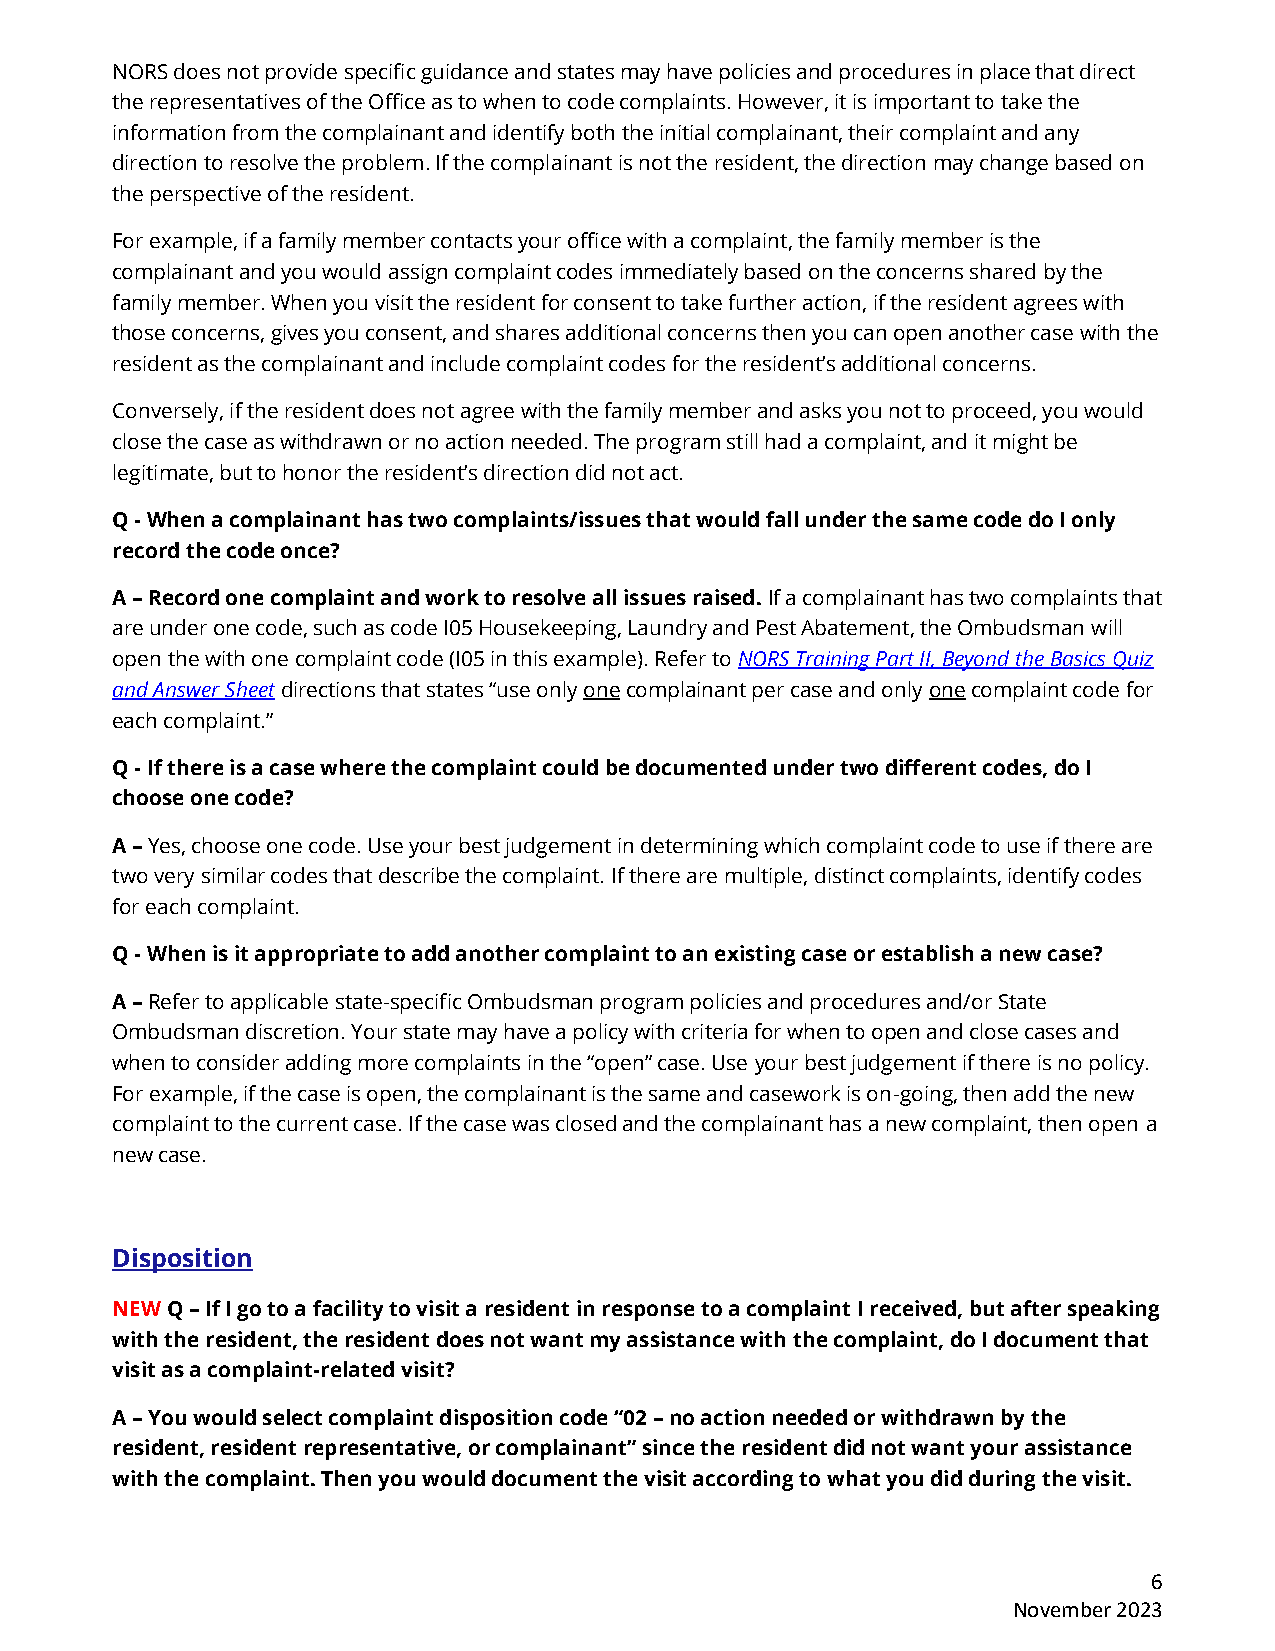
NORS does not provide specific guidance and states may have policies and procedures in place that direct
 the representatives of the Office as to when to code complaints. However, it is important to take the
 information from the complainant and identify both the initial complainant, their complaint and any
 direction to resolve the problem. If the complainant is not the resident, the direction may change based on
 the perspective of the resident.
 For example, if a family member contacts your office with a complaint, the family member is the
 complainant and you would assign complaint codes immediately based on the concerns shared by the
 family member. When you visit the resident for consent to take further action, if the resident agrees with
 those concerns, gives you consent, and shares additional concerns then you can open another case with the
 resident as the complainant and include complaint codes for the resident’s additional concerns.
 Conversely, if the resident does not agree with the family member and asks you not to proceed, you would
 close the case as withdrawn or no action needed. The program still had a complaint, and it might be
 legitimate, but to honor the resident’s direction did not act.
 Q - When a complainant has two complaints/issues that would fall under the same code do I only
 record the code once?
 A – Record one complaint and work to resolve all issues raised. If a complainant has two complaints that
 are under one code, such as code I05 Housekeeping, Laundry and Pest Abatement, the Ombudsman will
 open the with one complaint code (I05 in this example). Refer to NORS Training Part II, Beyond the Basics Quiz
 and Answer Sheet directions that states “use only one complainant per case and only one complaint code for
 each complaint.”
 Q - If there is a case where the complaint could be documented under two different codes, do I
 choose one code?
 A – Yes, choose one code. Use your best judgement in determining which complaint code to use if there are
 two very similar codes that describe the complaint. If there are multiple, distinct complaints, identify codes
 for each complaint.
 Q - When is it appropriate to add another complaint to an existing case or establish a new case?
 A – Refer to applicable state-specific Ombudsman program policies and procedures and/or State
 Ombudsman discretion. Your state may have a policy with criteria for when to open and close cases and
 when to consider adding more complaints in the “open” case. Use your best judgement if there is no policy.
 For example, if the case is open, the complainant is the same and casework is on-going, then add the new
 complaint to the current case. If the case was closed and the complainant has a new complaint, then open a
 new case.
 Disposition
 NEW Q – If I go to a facility to visit a resident in response to a complaint I received, but after speaking
 with the resident, the resident does not want my assistance with the complaint, do I document that
 visit as a complaint-related visit?
 A – You would select complaint disposition code “02 – no action needed or withdrawn by the
 resident, resident representative, or complainant” since the resident did not want your assistance
 with the complaint. Then you would document the visit according to what you did during the visit.
 6
 November 2023